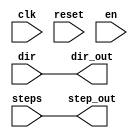
module stepper_motor (input                     clk,
                      input                     reset,
                      input                     en,
                      input                     dir,
                      input                     steps,
                      output                    dir_out,
                      output                    step_out,
                      );

parameter COUNTER_WIDTH = 16;
reg step;
reg [COUNTER_WIDTH-1:0] count;
reg div_clk;

initial begin
    count <= 0;
end

assign dir_out = dir;
//assign step_out = (en == 1'b1) ? step : 1'b0;
assign step_out = steps;

always @ (posedge clk or posedge rst)
begin
    if (rst) begin
        step  <= 1'b0;
        count <= 0;
        div_clk <= 1'b0;
    end else begin
        if (count==16'd5000) begin
            div_clk <= ~div_clk;
            count <= 16'd0;
        end else begin
            count = count + 1'b1;
        end
    end
end

endmodule